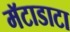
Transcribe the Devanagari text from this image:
मॅटाडाटा